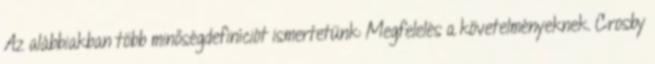
Az alábbiakban több minőségdefiníciót ismertetünk: Megfelelés a követelményeknek. Crosby